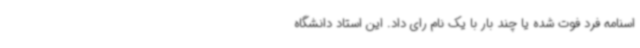
اسنامه فرد فوت شده یا چند بار با یک نام رای داد. این استاد دانشگاه